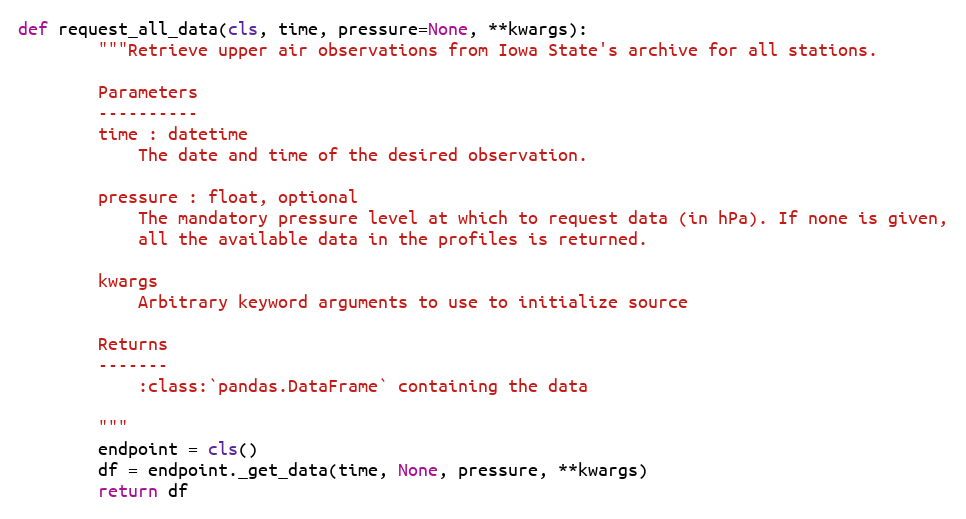
Language: Python
def request_all_data(cls, time, pressure=None, **kwargs):
        """Retrieve upper air observations from Iowa State's archive for all stations.

        Parameters
        ----------
        time : datetime
            The date and time of the desired observation.

        pressure : float, optional
            The mandatory pressure level at which to request data (in hPa). If none is given,
            all the available data in the profiles is returned.

        kwargs
            Arbitrary keyword arguments to use to initialize source

        Returns
        -------
            :class:`pandas.DataFrame` containing the data

        """
        endpoint = cls()
        df = endpoint._get_data(time, None, pressure, **kwargs)
        return df